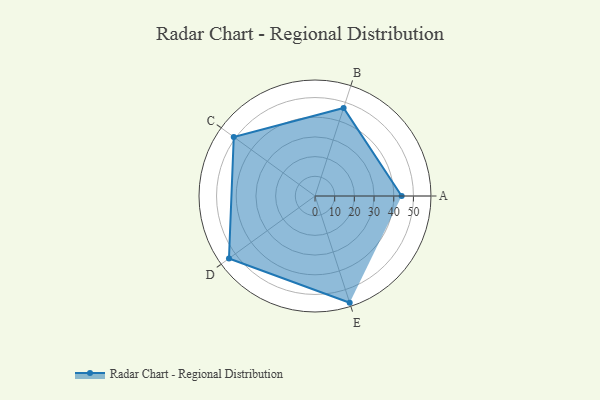
{"axis": {"x": "Skill", "y": "Score"}, "legend": ["Profile"], "data": [{"x": "A", "y": 44.0, "type": "Profile"}, {"x": "B", "y": 47.0, "type": "Profile"}, {"x": "C", "y": 51.0, "type": "Profile"}, {"x": "D", "y": 54.0, "type": "Profile"}, {"x": "E", "y": 57.0, "type": "Profile"}]}